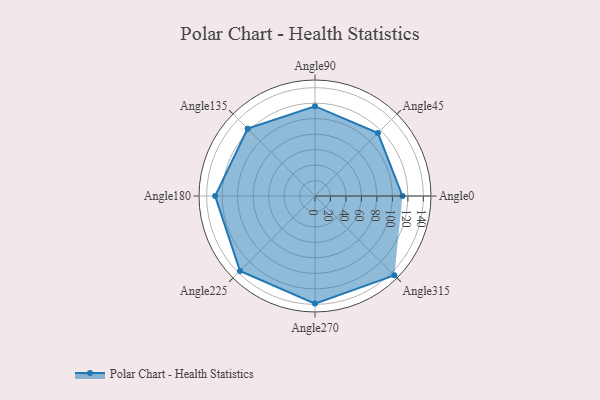
{"axis": {"x": "Angle", "y": "Radius"}, "legend": [""], "data": [{"x": "Angle0", "y": 113.0, "type": ""}, {"x": "Angle45", "y": 115.0, "type": ""}, {"x": "Angle90", "y": 116.0, "type": ""}, {"x": "Angle135", "y": 123.0, "type": ""}, {"x": "Angle180", "y": 129.0, "type": ""}, {"x": "Angle225", "y": 137.0, "type": ""}, {"x": "Angle270", "y": 139.0, "type": ""}, {"x": "Angle315", "y": 145.0, "type": ""}]}